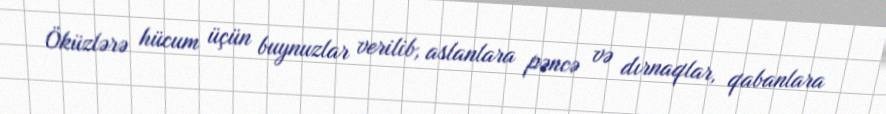
Öküzlərə hücum üçün buynuzlar verilib, aslanlara pəncə və dırnaqlar, qabanlara